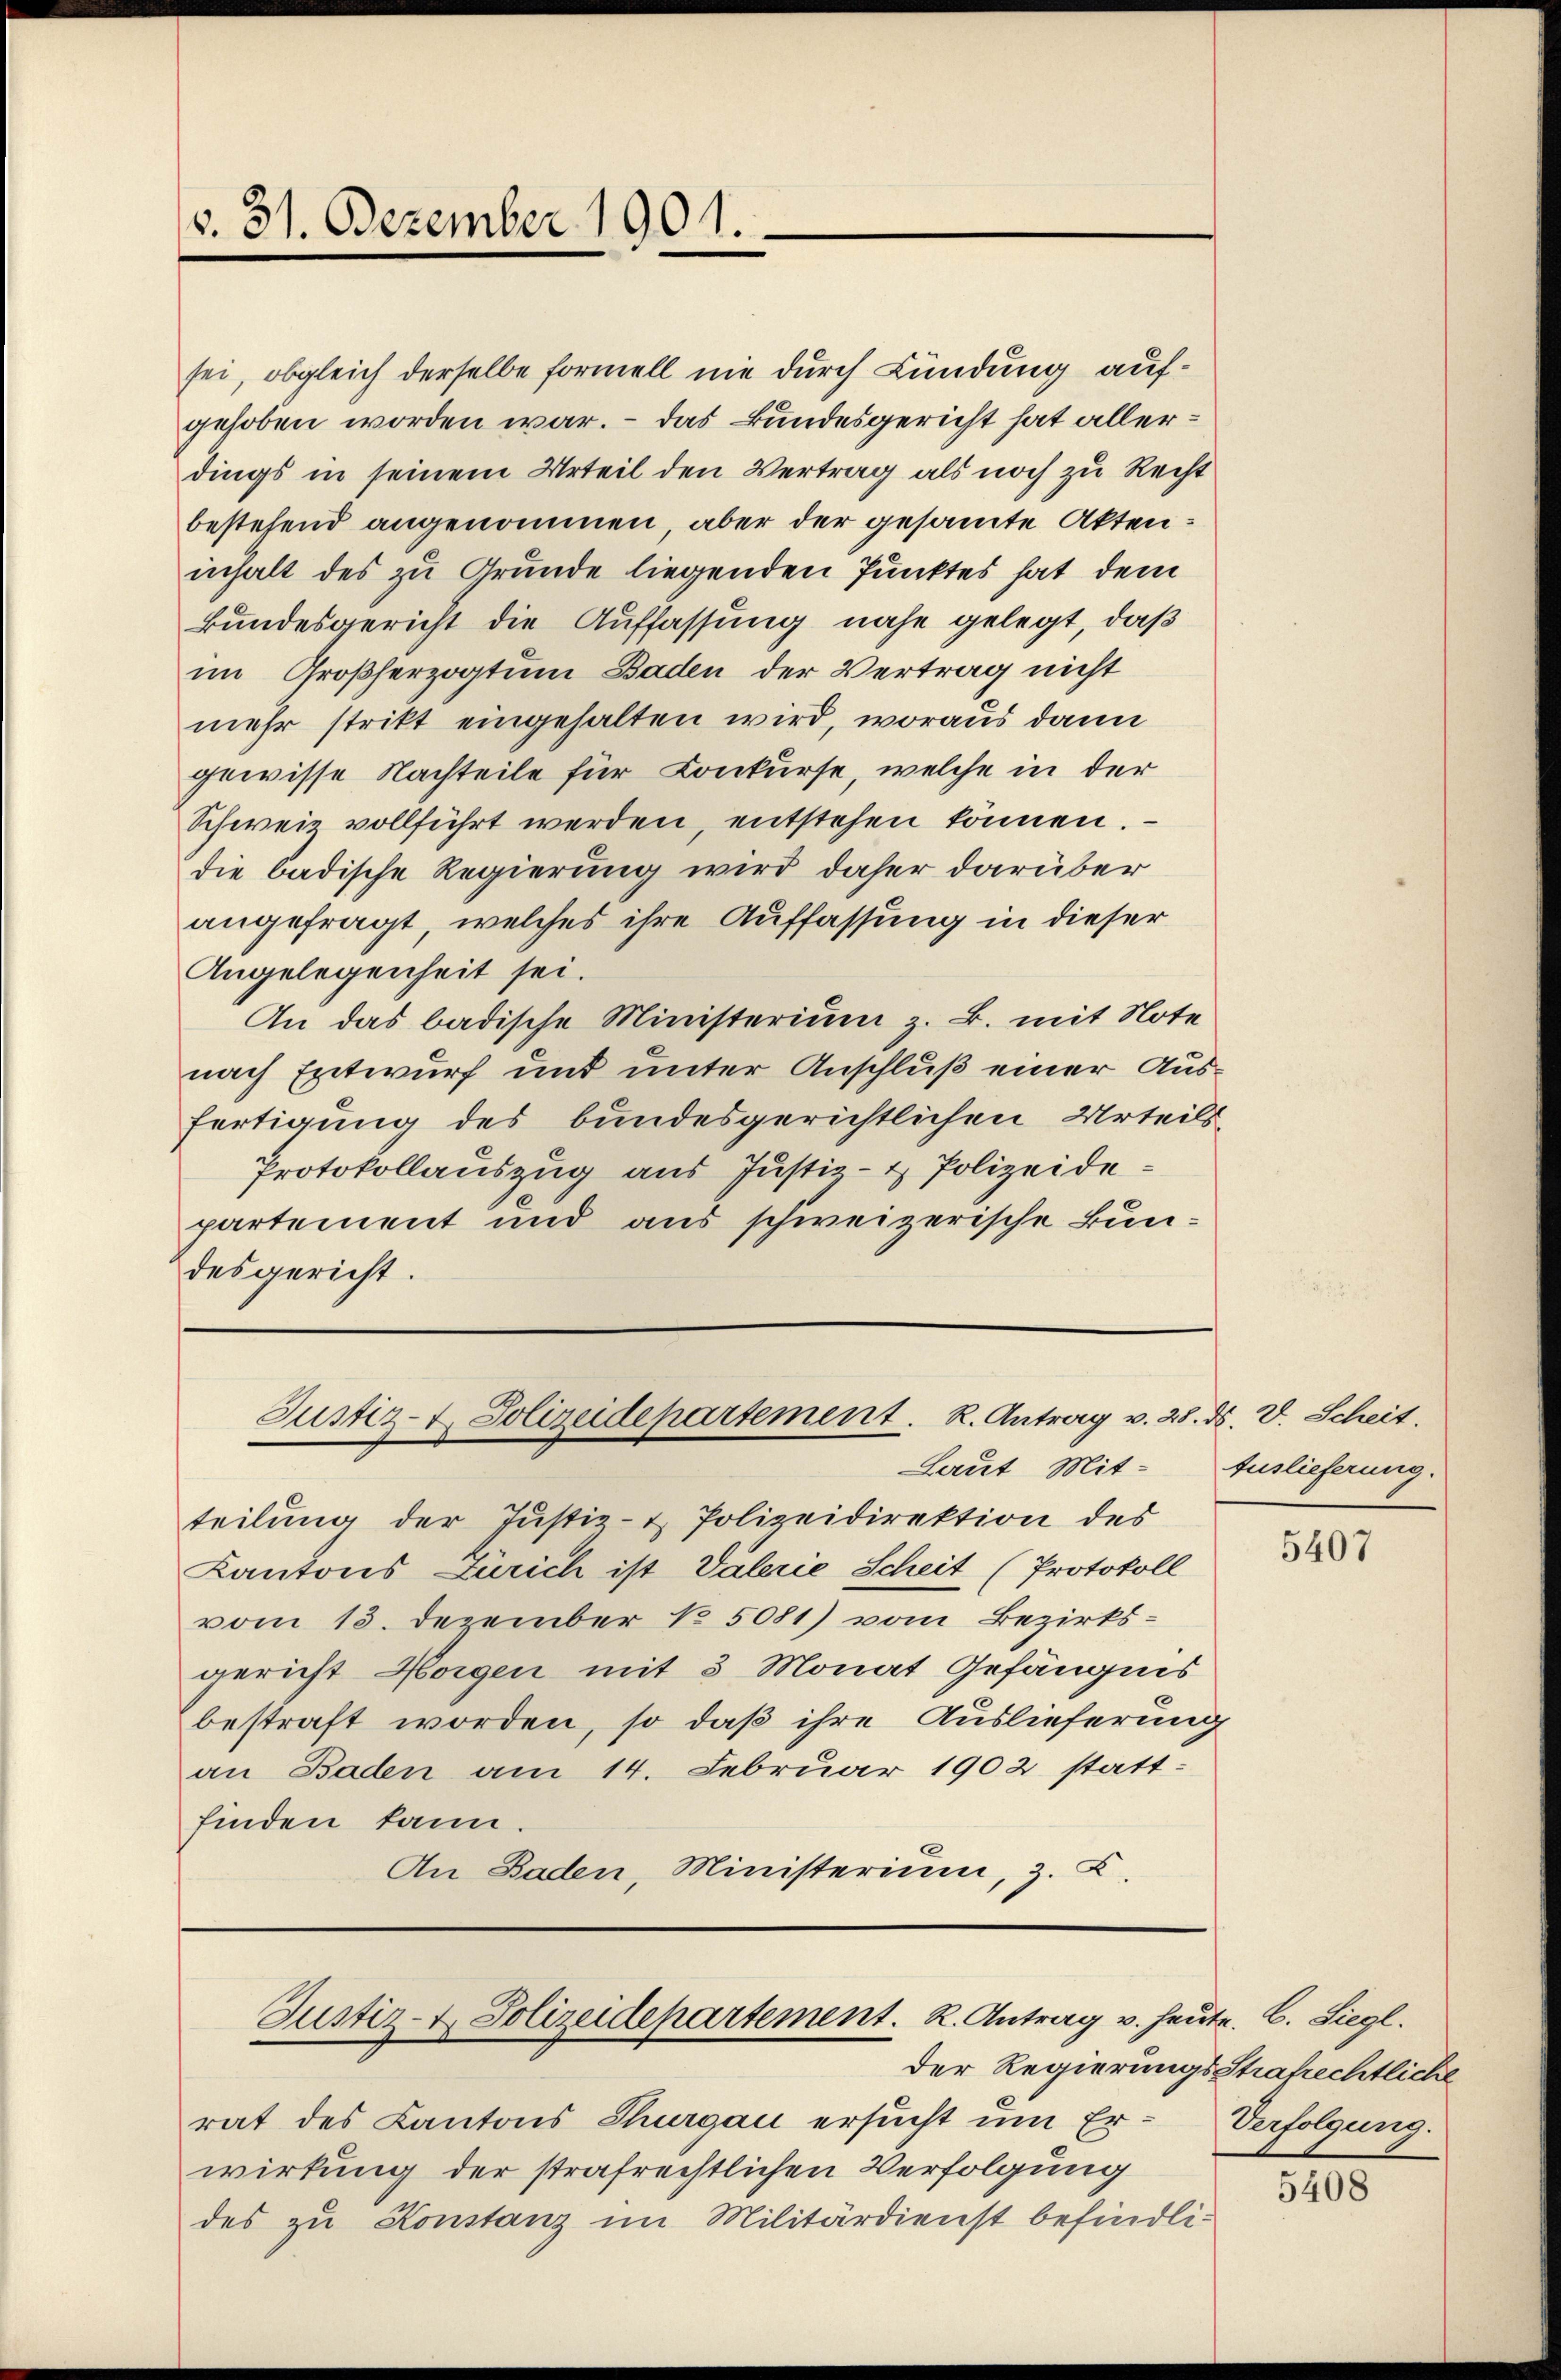
v. 31. Dezember 1901.

sei, obgleich derselbe formell nie durch Kündung aufgehoben worden war. – Das Bundesgericht hat allerdings in seinem Urteil den Vertrag als noch zu Recht
bestehend angenommen, aber der gesammte Akteninhalt des zu Grunde liegenden Punktes hat dem
kundesgericht die Auffassung nahe gelegt, daß
im Großherzogtum Baden der Vertrag nicht
mehr stritt eingehalten wird, woraus dann
gewisse Nachteile für Conkurse, welche in der
Schweiz vollführt werden, entstehen können.
die badische Regierung wird daher darüber
angefragt, welches ihre Auffassung in dieser
Angelegenheit sei.
An das badische Ministerium z. B. mit Note
nach Entwurf und unter Anschluß einer Ausfertigung des bundesgerichtlichen Urteils-
Protokollauszug aus Justiz- & Polizeidepartement und aus schweizerische Bundesgericht.

Justiz- & Polizeidepartement. R. Antrag v. 28. ds. V. Scheit.

Laut Mitteilung der Justiz- & Polizeidirektion des
Kantons Zürich ist Valerie Scheit (Protokoll
vom 13. Dezember 15081) vom Bezirksgericht Horgen mit 3 Monat Gefängnis
bestraft worden, so daß ihre Auslieferung
an Baden am 14. Februar 1902 stattfinden kann.
An Baden, Ministerium, 3. C.

Justiz- & Polizeidepartement. K. Antrag v. heute. C. Siegl.

rat des Kantons Thurgau ersucht um Er-Verfolgung.
wirkung der strafrechtlichen Verfolgung
des zu Konstanz im Militärdienst befindli¬

Auslieferung.

5407

der Regierungsstrafrechtliche

5408